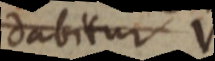
dabitur V